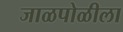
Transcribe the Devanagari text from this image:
जाळपोळीला